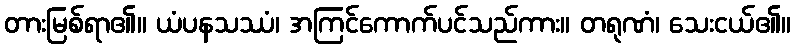
တားမြစ်ရာ၏။ ယံပနသဿံ၊ အကြင်ကောက်ပင်သည်ကား။ တရုဏံ၊ သေးငယ်၏။